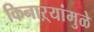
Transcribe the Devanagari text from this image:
किनाऱ्यांमुळे